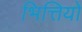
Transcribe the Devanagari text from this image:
भित्तियो